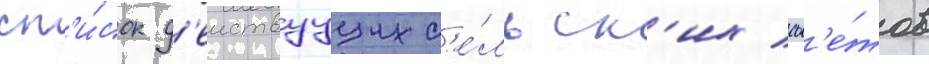
сп'и́сок д'еиствуущих с'е́льск'их сов'е́тов